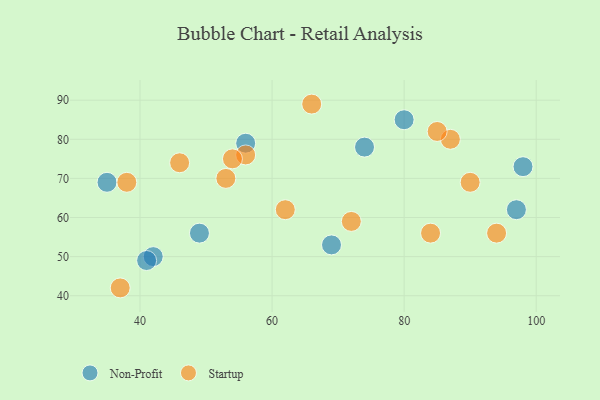
{"axis": {"x": "GDP", "y": "Life Expectancy"}, "legend": ["Non-Profit", "Startup"], "data": [{"x": "74", "y": 78, "type": "Non-Profit"}, {"x": "42", "y": 50, "type": "Non-Profit"}, {"x": "80", "y": 85, "type": "Non-Profit"}, {"x": "69", "y": 53, "type": "Non-Profit"}, {"x": "41", "y": 49, "type": "Non-Profit"}, {"x": "56", "y": 79, "type": "Non-Profit"}, {"x": "97", "y": 62, "type": "Non-Profit"}, {"x": "98", "y": 73, "type": "Non-Profit"}, {"x": "35", "y": 69, "type": "Non-Profit"}, {"x": "49", "y": 56, "type": "Non-Profit"}, {"x": "66", "y": 89, "type": "Startup"}, {"x": "38", "y": 69, "type": "Startup"}, {"x": "87", "y": 80, "type": "Startup"}, {"x": "46", "y": 74, "type": "Startup"}, {"x": "56", "y": 76, "type": "Startup"}, {"x": "85", "y": 82, "type": "Startup"}, {"x": "94", "y": 56, "type": "Startup"}, {"x": "90", "y": 69, "type": "Startup"}, {"x": "37", "y": 42, "type": "Startup"}, {"x": "54", "y": 75, "type": "Startup"}, {"x": "53", "y": 70, "type": "Startup"}, {"x": "72", "y": 59, "type": "Startup"}, {"x": "62", "y": 62, "type": "Startup"}, {"x": "84", "y": 56, "type": "Startup"}]}